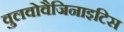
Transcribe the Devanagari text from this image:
वुलवोवैजिनाइटिस